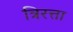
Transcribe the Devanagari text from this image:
त्रिरत्ता